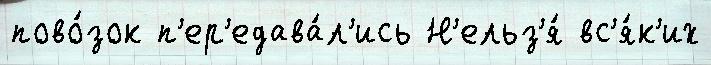
пово́зок п'ер'едава́л'ись Н'ельз'я́ вс'я́к'их